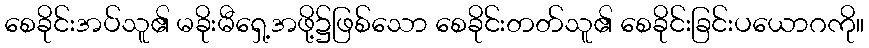
စေခိုင်းအပ်သူ၏ မခိုးမီရှေ့အဖို့၌ဖြစ်သော စေခိုင်းတတ်သူ၏ စေခိုင်းခြင်းပယောဂကို။